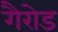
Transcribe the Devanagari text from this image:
गैरोड